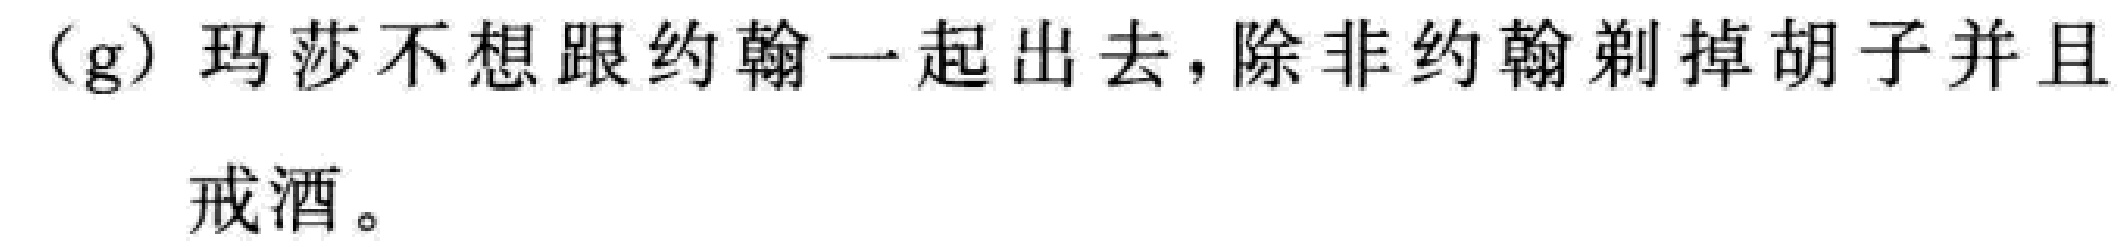
(g) 玛莎不想跟约翰一起出去，除非约翰剃掉胡子并且戒酒。